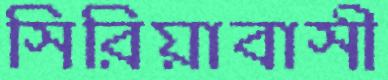
সিরিয়াবাসী